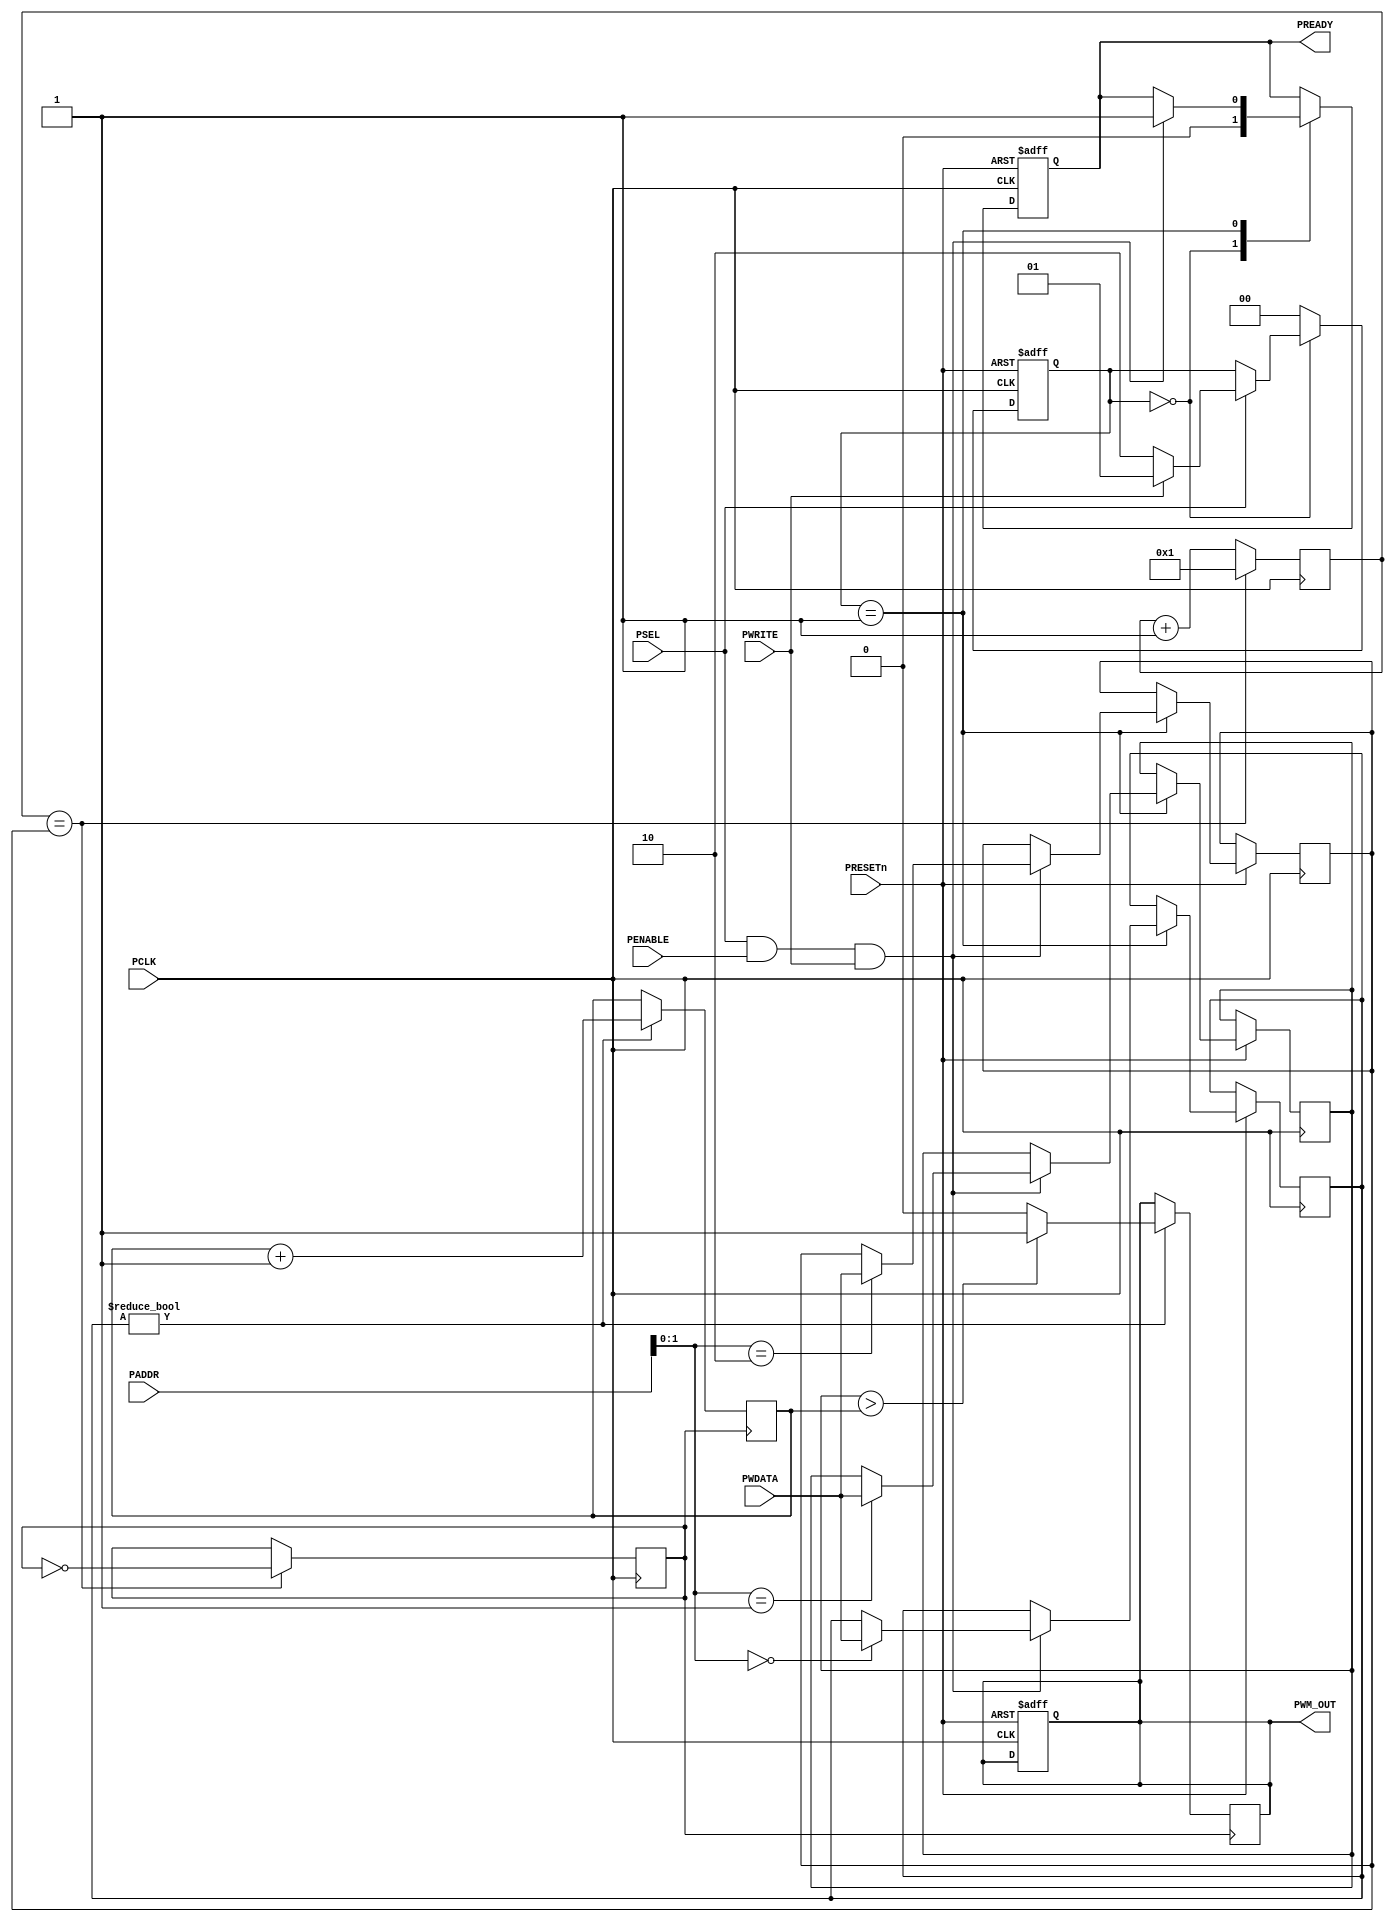
`timescale 1ns / 1ps

module APB_PWM
(
    // Peripheral Signals
    input           PCLK,
    input           PRESETn,

    // APB Bridge Signals
    input [31:0]    PADDR,
    input           PWRITE,
    input           PSEL,
    input           PENABLE,
    input [31:0]    PWDATA,

    // APB Slave Signals
    output reg      PREADY,

    output reg      PWM_OUT
);

// State Mechine Parameters and State declaration
localparam IDLE  = 2'b00;
localparam WRITE = 2'b01;
localparam READ  = 2'b10;

reg [1:0] State = 2'b00;


// PWM Module Registers 
// 32 Bit Data Width
// 2 Bit Depth

// RAM[0] : PWM Enable 0x1 Register 
// RAM[1] : PWM Duty Cycle (Width) Register
// RAM[2] : PWM Frequency Register
reg [31:0] RAM [0:2];
initial RAM[2] = 1;


always @(posedge PCLK, negedge PRESETn) begin
    if(~PRESETn) begin
        // Initial Values For The APB Slave
        State <= IDLE;
        PREADY <= 0;
        PWM_OUT <= 0;
    end
    else begin
        case (State)
            IDLE: begin 
                PREADY <= 0;
                if (PSEL) begin
                    if (PWRITE) begin
                        State <= WRITE;
                    end
                    else begin
                        State <= READ; 
                    end 
                end
            end 
            WRITE: begin
                if (PSEL && PENABLE && PWRITE) begin
                    RAM[PADDR] <= PWDATA;
                    PREADY <= 1'b1;
                end
                State <= IDLE;
            end 
            default: begin 
                State <= IDLE;
            end  
        endcase
    end
end

reg div_clk = 0;
reg [31:0] clk_counter = 0;

always @(posedge PCLK)
begin
    clk_counter <= clk_counter + 1;
    if (clk_counter == RAM[2]) begin
        div_clk = ~div_clk ;
        clk_counter <= 1;
    end 
end 

reg [8:0] counter = 0;

always @(posedge div_clk)
begin
    if (RAM[0]) begin
        if (RAM[1] > counter) begin
            PWM_OUT <= 1;
        end
        else begin
            PWM_OUT <= 0;
        end
        counter <= counter + 1;
    end 
end

endmodule